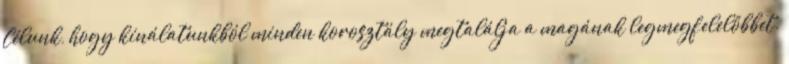
Célunk, hogy kínálatunkból minden korosztály megtalálja a magának legmegfelelőbbet.